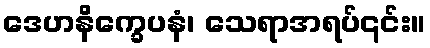
ဒေဟနိက္ခေပနံ၊ သေရာအရပ်၎င်း။